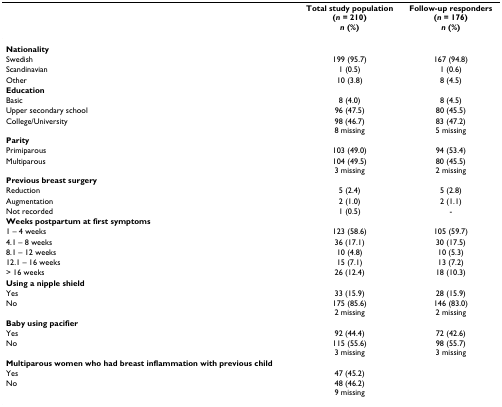
<table><thead><tr><td></td><td><b>Total study population(<i>n </i>= 210)<i>n </i>(%)</b></td><td><b>Follow-up responders(<i>n </i>= 176)<i>n </i>(%)</b></td></tr></thead><tbody><tr><td><b>Nationality</b></td><td></td><td></td></tr><tr><td>Swedish</td><td>199 (95.7)</td><td>167 (94.8)</td></tr><tr><td>Scandinavian</td><td>1 (0.5)</td><td>1 (0.6)</td></tr><tr><td>Other</td><td>10 (3.8)</td><td>8 (4.5)</td></tr><tr><td><b>Education</b></td><td></td><td></td></tr><tr><td>Basic</td><td>8 (4.0)</td><td>8 (4.5)</td></tr><tr><td>Upper secondary school</td><td>96 (47.5)</td><td>80 (45.5)</td></tr><tr><td>College/University</td><td>98 (46.7)8 missing</td><td>83 (47.2)5 missing</td></tr><tr><td><b>Parity</b></td><td></td><td></td></tr><tr><td>Primiparous</td><td>103 (49.0)</td><td>94 (53.4)</td></tr><tr><td>Multiparous</td><td>104 (49.5)3 missing</td><td>80 (45.5)2 missing</td></tr><tr><td><b>Previous breast surgery</b></td><td></td><td></td></tr><tr><td>Reduction</td><td>5 (2.4)</td><td>5 (2.8)</td></tr><tr><td>Augmentation</td><td>2 (1.0)</td><td>2 (1.1)</td></tr><tr><td>Not recorded</td><td>1 (0.5)</td><td>-</td></tr><tr><td><b>Weeks postpartum at first symptoms</b></td><td></td><td></td></tr><tr><td>1 – 4 weeks</td><td>123 (58.6)</td><td>105 (59.7)</td></tr><tr><td>4.1 – 8 weeks</td><td>36 (17.1)</td><td>30 (17.5)</td></tr><tr><td>8.1 – 12 weeks</td><td>10 (4.8)</td><td>10 (5.3)</td></tr><tr><td>12.1 – 16 weeks</td><td>15 (7.1)</td><td>13 (7.2)</td></tr><tr><td>&gt; 16 weeks</td><td>26 (12.4)</td><td>18 (10.3)</td></tr><tr><td><b>Using a nipple shield</b></td><td></td><td></td></tr><tr><td>Yes</td><td>33 (15.9)</td><td>28 (15.9)</td></tr><tr><td>No</td><td>175 (85.6)2 missing</td><td>146 (83.0)2 missing</td></tr><tr><td><b>Baby using pacifier</b></td><td></td><td></td></tr><tr><td>Yes</td><td>92 (44.4)</td><td>72 (42.6)</td></tr><tr><td>No</td><td>115 (55.6)3 missing</td><td>98 (55.7)3 missing</td></tr><tr><td><b>Multiparous women who had breast inflammation with previous child</b></td><td></td><td></td></tr><tr><td>Yes</td><td>47 (45.2)</td><td></td></tr><tr><td>No</td><td>48 (46.2)9 missing</td><td></td></tr></tbody></table>